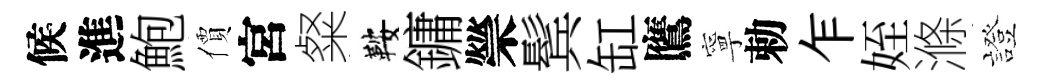
候進鮑價宮粲鞍鏞禜鬂缸鷹寧勅乍姪滌證